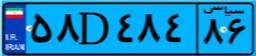
۴۹D۱۹۶۶۵